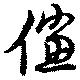
儻